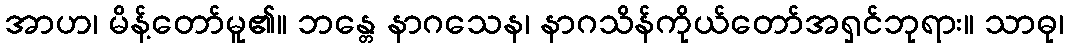
အာဟ၊ မိန့်တော်မူ၏။ ဘန္တေ နာဂသေန၊ နာဂသိန်ကိုယ်တော်အရှင်ဘုရား။ သာဓု၊